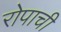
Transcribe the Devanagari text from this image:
रोपाची